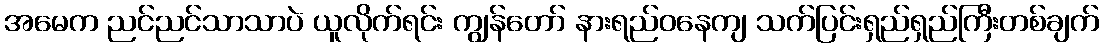
အမေက ညင်ညင်သာသာပဲ ယူလိုက်ရင်း ကျွန်တော် နားရည်ဝနေကျ သက်ပြင်းရှည်ရှည်ကြီးတစ်ချက်